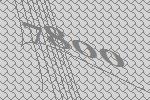
7800